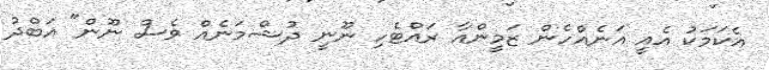
އެކަމަކު އެއީ އަނެއްހެން ޒަމީންއާ ރައްޓެހި ނޫނީ ދުޝްމަނެއް ވެސް ނޫން" އަބްދު